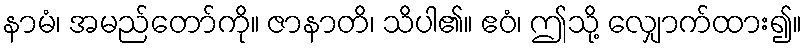
နာမံ၊ အမည်တော်ကို။ ဇာနာတိ၊ သိပါ၏။ ဧဝံ၊ ဤသို့ လျှောက်ထား၍။